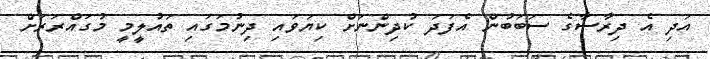
އަދި އެ ދިރާސާގެ ސަބަބުން އެފަދަ ކުދިންނަށް ކިޔަވައި ދިނުމަގައި ތައުލީމީ މުގައްރަރަށް